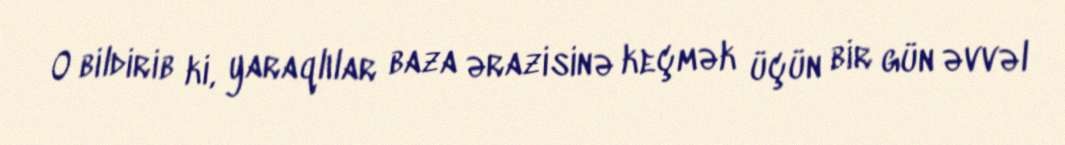
O bildirib ki, yaraqlılar baza ərazisinə keçmək üçün bir gün əvvəl